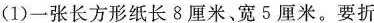
(1)一张长方形纸长8厘米、宽5厘米。要折